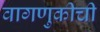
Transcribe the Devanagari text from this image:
वागणुकीची